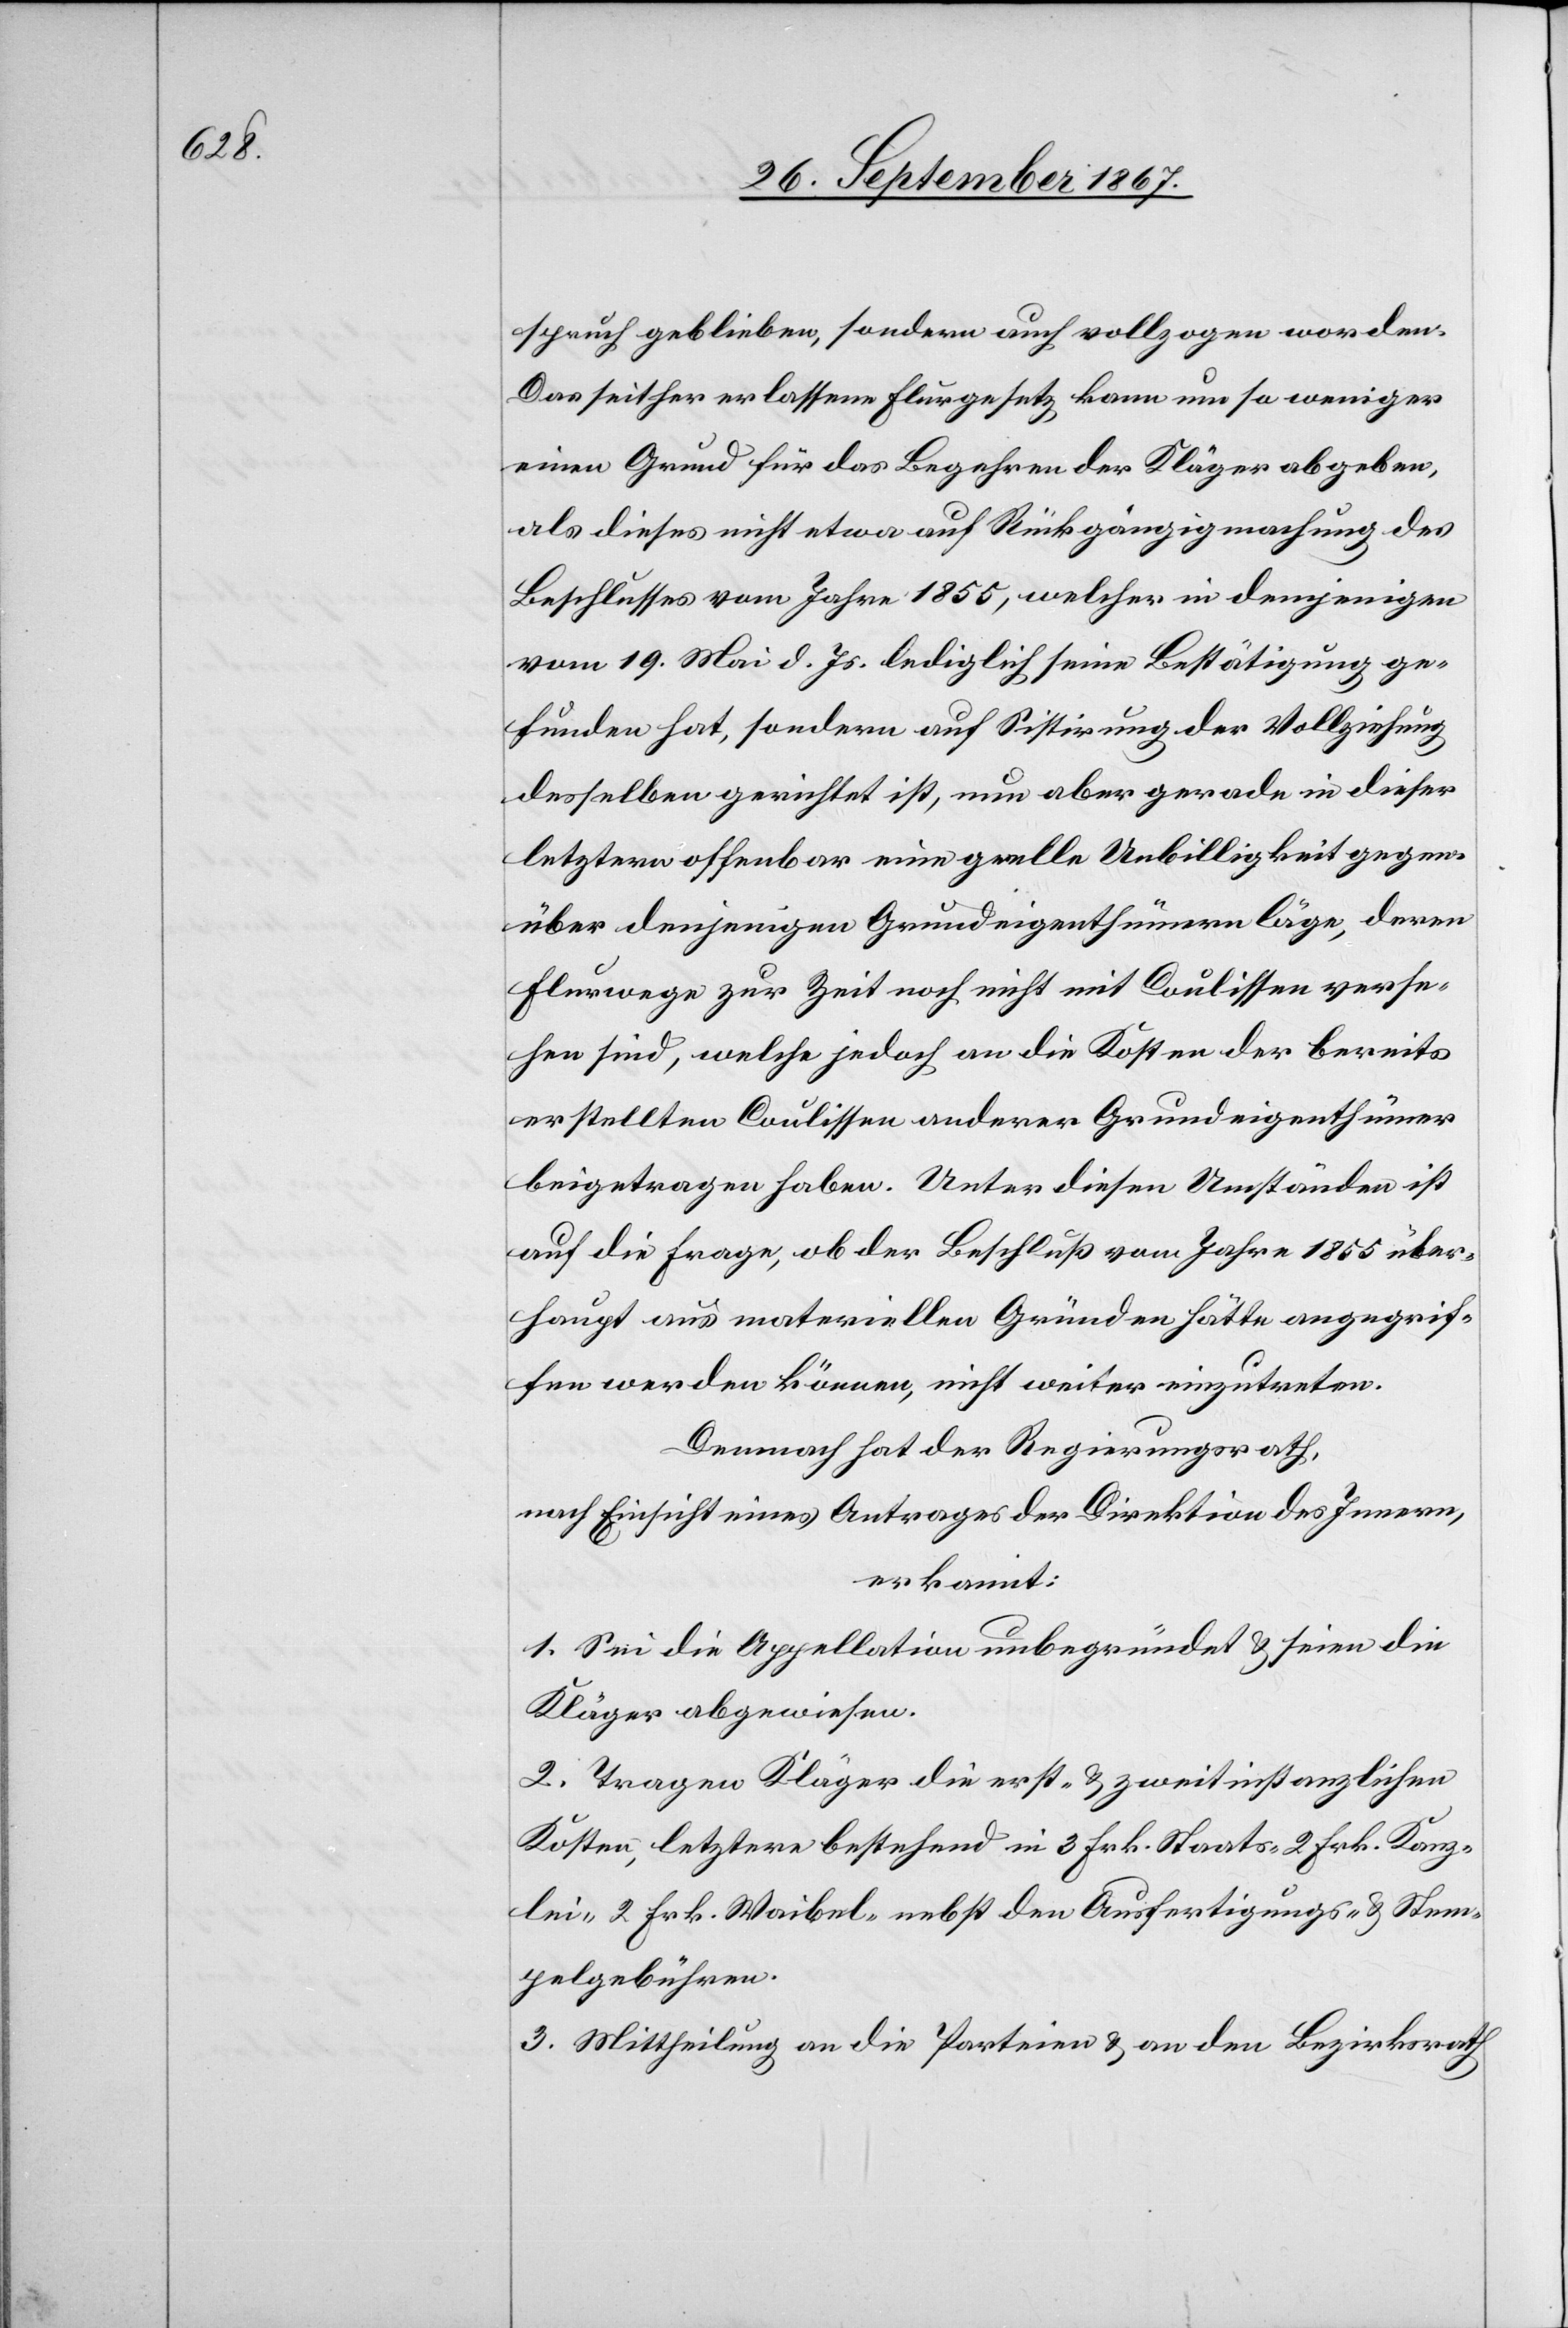
spruch geblieben, sondern auch vollzogen worden.
Das seither erlassene Flurgesetz kann um so weniger
einen Grund für das Begehren der Kläger abgeben,
als dieses nicht etwa auf Rückgängigmachung des
Beschlusses vom Jahre 1855, welcher in demjenigen
vom 19. Mai d. Js. lediglich seine Bestätigung ge¬
funden hat, sondern auf Sistirung der Vollziehung
desselben gerichtet ist, nun aber gerade in dieser
letztern offenbar eine grelle Unbilligkeit gegen¬
über denjenigen Grundeigenthümern läge, deren
Flurwege zur Zeit noch nicht mit Coulissen verse¬
hen sind, welche jedoch an die Kosten der bereits
erstellten Coulissen anderer Grundeigenthümer
beigetragen haben. Unter diesen Umständen ist
auf die Frage, ob der Beschluß vom Jahre 1855 über¬
haupt aus materiellen Gründen hätte angegrif¬
fen werden können, nicht weiter einzutreten.
Demnach hat der Regierungsrath,
nach Einsicht eines Antrages der Direktion des Innern,
erkannt:
1. Sei die Appellation unbegründet u. seien die
Kläger abgewiesen.
2. Tragen Kläger die erst- u. zweitinstanzlichen
Kosten, letztere bestehend in 3 Frk. Staats- 2 Frk. Kanz¬
lei- 2 Frk. Waibel- nebst den Ausfertigungs- u. Stem¬
pelgebühren.
3. Mittheilung an die Parteien u. an den Bezirksrath